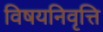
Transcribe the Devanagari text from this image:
विषयनिवृत्ति